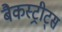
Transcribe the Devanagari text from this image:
बैकस्ट्रीट्स